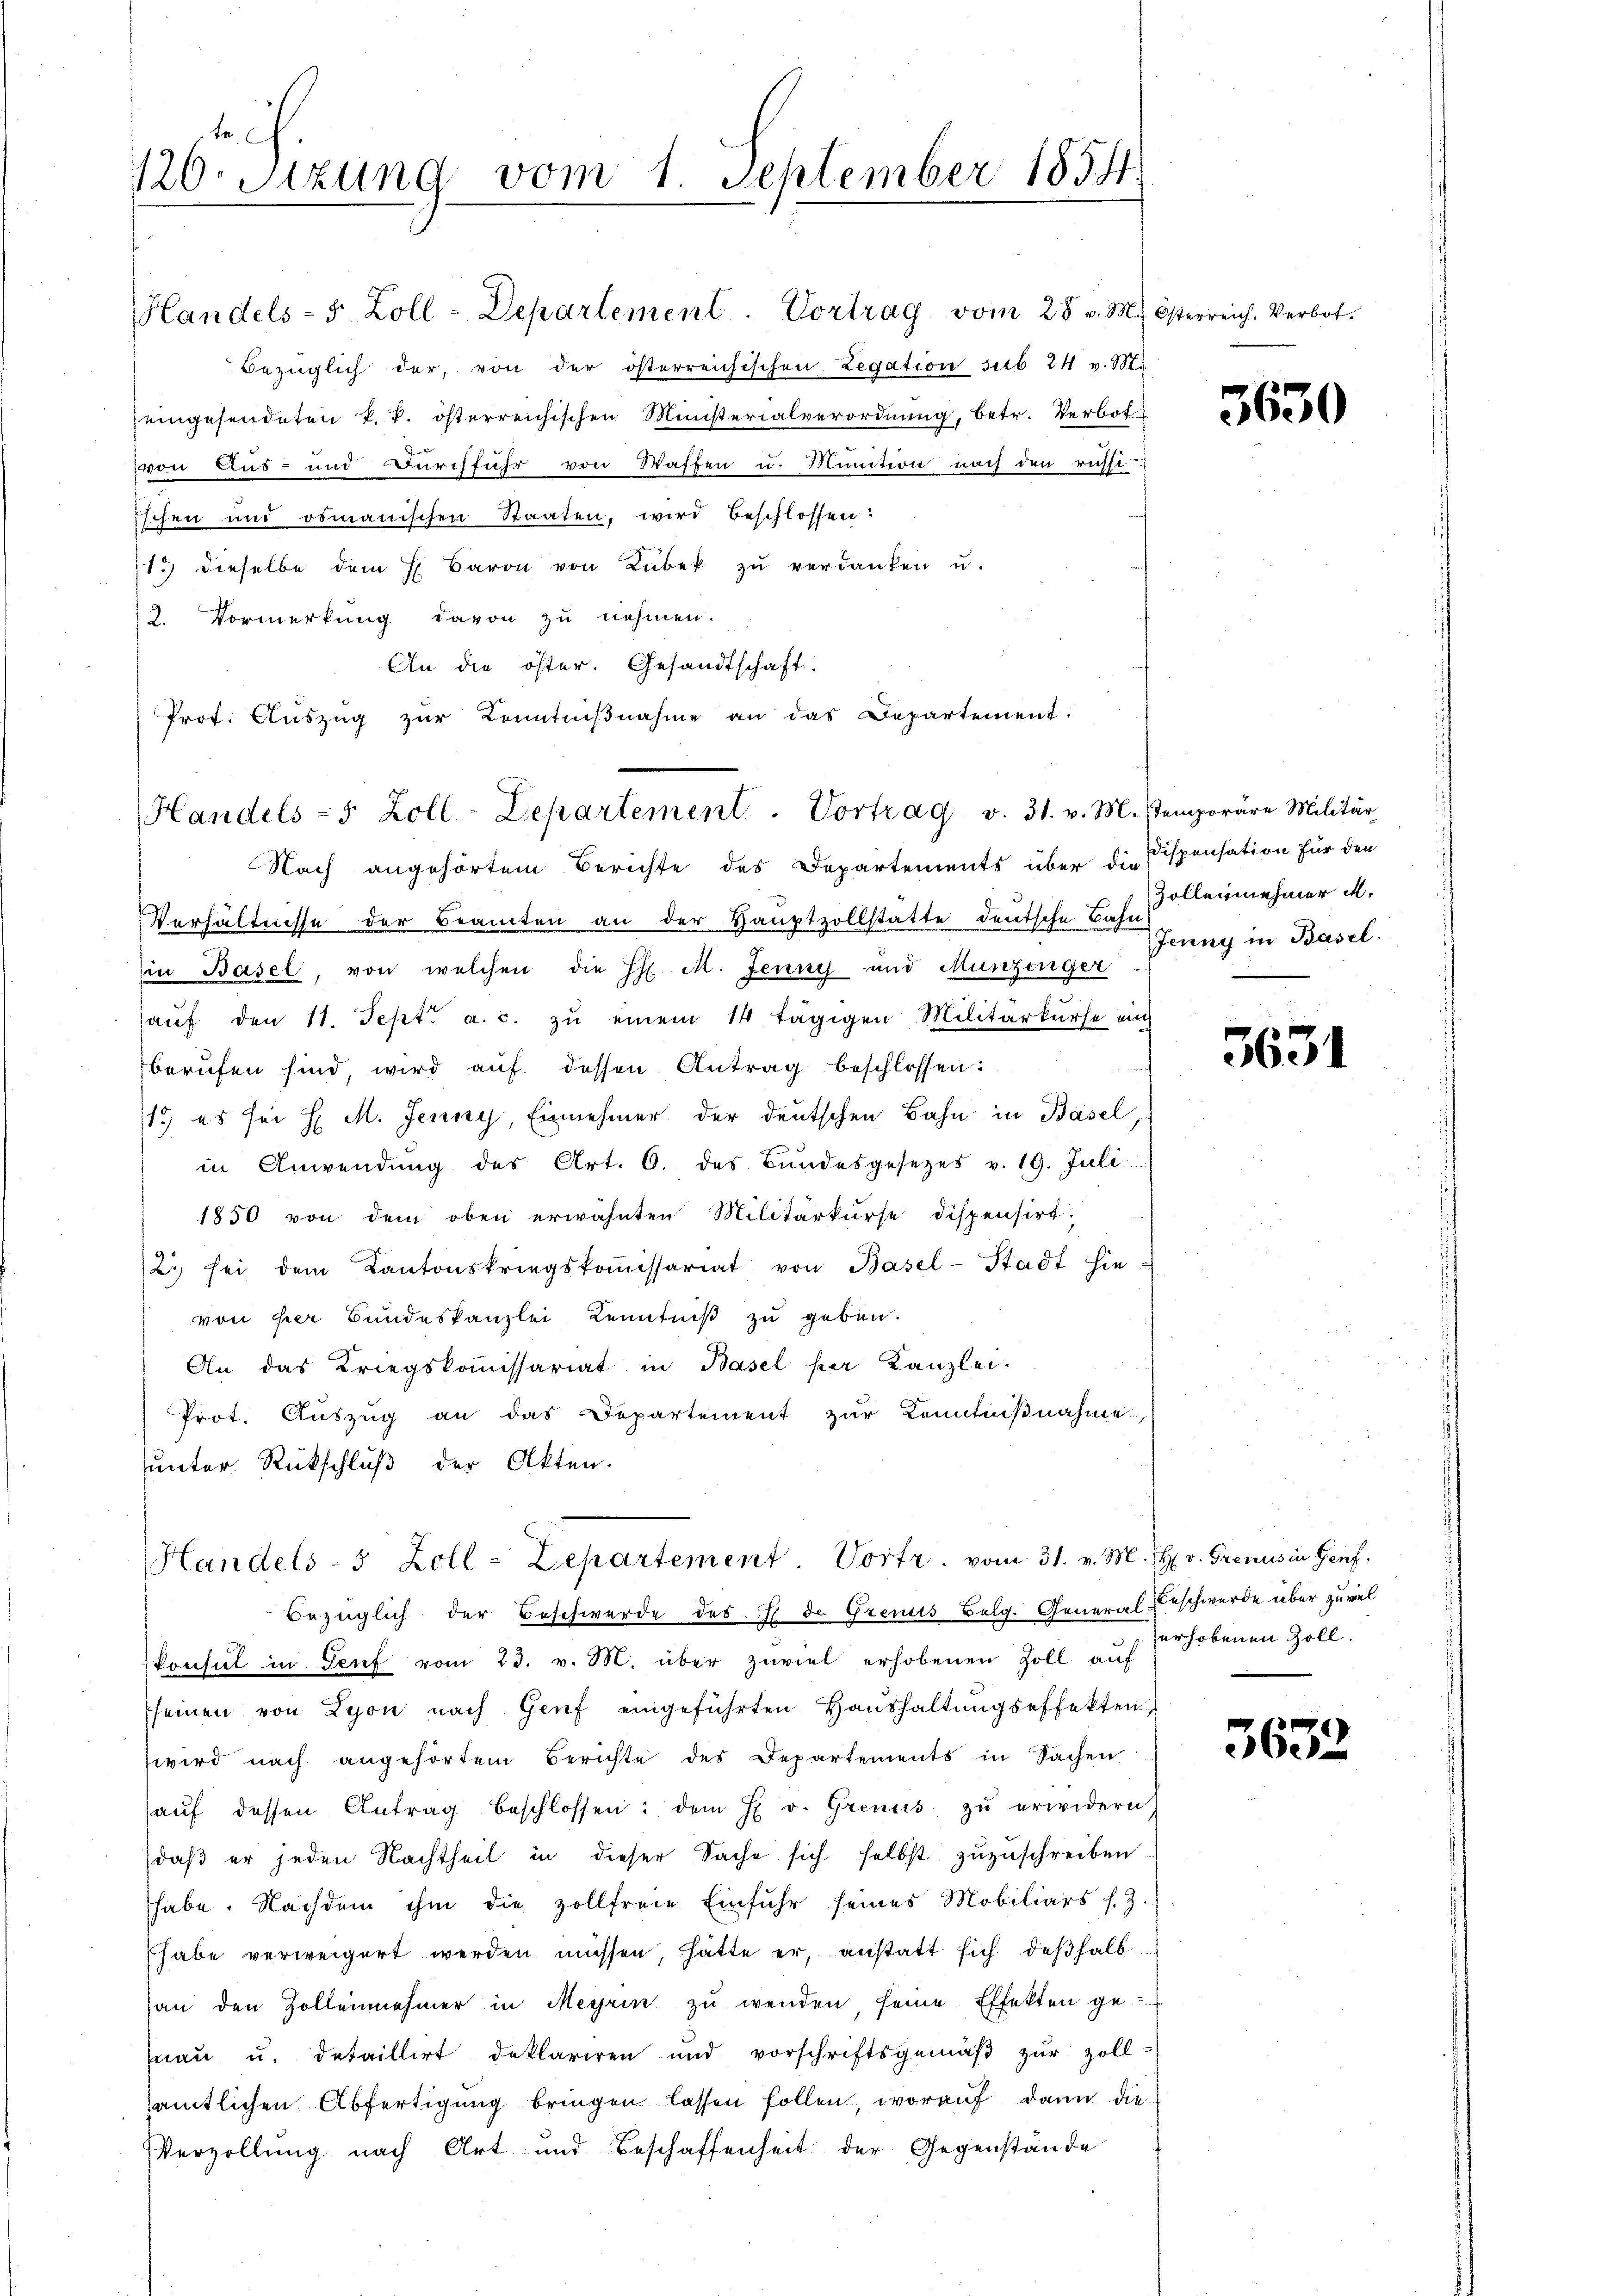
120. Sitzung vom 1. September 1854.

Handels- 5 Zoll-Departement. Vortrag v. 31. v. M. Stemporäre Militär

Bezüglich der, von der österreichischen Legation sub 24 v. M.
eingesendeten k. k. österreichischen Ministerialverordnung, betr. Verbotvon Aus- und Durchführ von Waffen u. Munition nach den russi-
ischen und romanischen Staaten, wird beschlossen:
13) dieselbe dem H. Baron von Lübek zŭ verdanken u.
2. Vormerkung davon zu nehmen.
An die öster. Gesandtschaft.
Prot. Aŭszŭg zŭr Kenntniβnahme an das Departement.

Handels- 5 Zoll-Departement. Vortrag vom 28. v. M. Österreich. Verbot.

Nach angehörtem Berichte des Departements über die Dispensation für den
Verhältnisse der Beamten an der Hauptzollstatte deutsche Bahn
Ein Basel, von welchen die H. M. Jenny und Munzinger
aŭf den 11. Sept. a. c. zŭ einem 14 tägigen Militärkŭrse auch
berufen sind, wird aŭf dessen Antrag beschlossen:
13) es sei H. M. Jenny, Einnehmer der deutschen Bahn in Basel
in Anwendŭng des Art. 6. des Bŭndesgesetzes v. 19. Juli
1850 von dem oben erwähnten Militärkurse dispensirt.
2. sei dem Kantonskriegskoṁissariat von Basel-Stadt hievon der Bundeskanzlei Kenntniß zu geben.
An das Kriegskoṁissariat in Basel per Kanzlei.
Prot. Auszug an das Departement zur Kenntnißnahme
unter Rückschluß der Akten.
Handels-5 Zoll-Lepartement Vortr. vom 31. v. M. H. v. Grenus in Genf.
Bezüglich der Beschwerde des H. de Grenus Belg. General-Beschwerde über zuviel
konsul in Genf vom 23. v. M. über zuviel erhobenen Zoll auf
seinen von Lyon nach Genf eingeführten Haushaltungseffekten
wird nach angehörten Berichte des Departements in Sachen
haŭf dessen Antrag beschlossen: dem H v. Grenis zŭ erwidern)
daβ er jeden Nachtheil in dieser Sache sich selbst zuzuschreiben
habe. Nachdem ihm die zollfreie Einfuhr seines Mobiliars s. Z.
habe verweigert werden müssen, hätte er, anstatt sich deßhalb
an den Zollennehmer in Meyrin zŭ wenden, seine Effekten ge-
mau u. dataillirt deklariren und vorschriftsgemäβ zŭr Zoll-
sämtlichen Abfertigung bringen lassen sollen, worauf dann die
Verzollung nach Art und Beschaffenheit der Gegenstände

5630

Zollennehmer u.
Jenny in Basel.

3631

erhobenen Zoll.

3632